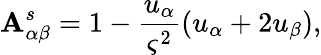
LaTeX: \mathbf{A}_{\alpha\beta}^{s}=1-\frac{{u_{\alpha}}}{{\varsigma^{2}}}(u_{\alpha}+2u_{\beta}),